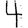
Digit: 4